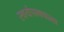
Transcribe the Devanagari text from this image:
स्वयंपाक्याला